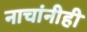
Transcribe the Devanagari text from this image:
नाचांनीही